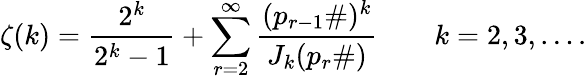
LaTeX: \zeta(k)={\frac{2^{k}}{2^{k}-1}}+\sum_{r=2}^{\infty}{\frac{(p_{r-1}\# )^{k}}{J_{k}(p_{r}\# )}}\qquad k=2,3,\ldots.